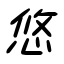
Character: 悠